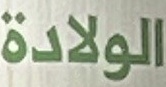
الولادة